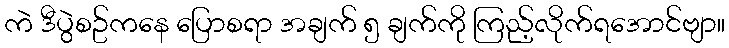
ကဲ ဒီပွဲစဥ်ကနေ ပြောစရာ အချက် ၅ ချက်ကို ကြည့်လိုက်ရအောင်ဗျာ။